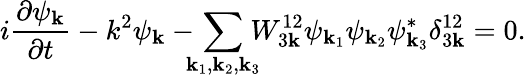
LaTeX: i\frac{\partial\psi_{\mathbf k}}{\partial t}-k^{2}\psi_{\mathbf k}-\! \! \! \sum_{{\mathbf k}_{1},{\mathbf k}_{2},{\mathbf k}_{3}}\! \! \! W_{3{\mathbf k}}^{12}\psi_{{\mathbf k}_{1}}\psi_{{\mathbf k}_{2}}\psi_{{\mathbf k}_{3}}^{*}\delta_{3{\mathbf k}}^{12}=0.